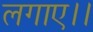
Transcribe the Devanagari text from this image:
लगाए।।